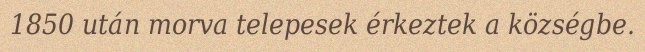
1850 után morva telepesek érkeztek a községbe.